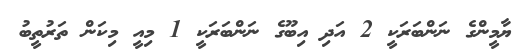
ޔާމީންގެ ނަންބަރަކީ 2 އަދި އިބޫގެ ނަންބަރަކީ 1 މިއީ މިކަން ތަރުތީބު